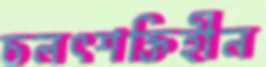
চলৎশক্তিহীন